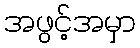
အဖွင့်အမှာ